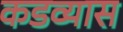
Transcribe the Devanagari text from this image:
कडव्यास